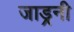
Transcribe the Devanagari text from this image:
जाड्रनी